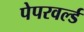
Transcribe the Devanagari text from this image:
पेपरवर्ल्ड